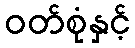
ဝတ်စုံနှင့်